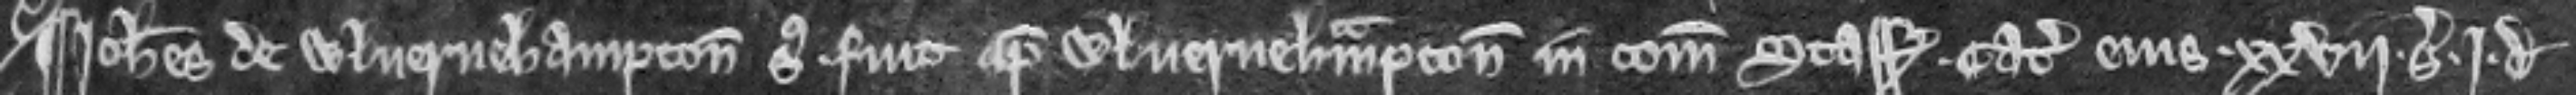
¶ Johannes de Wlveruehampton suspensus fuit apud Wlveruehampton in comitatu Staff. Catalla ejus. xxvii. solidi .i. denarius